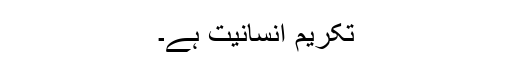
تکریم انسانیت ہے۔